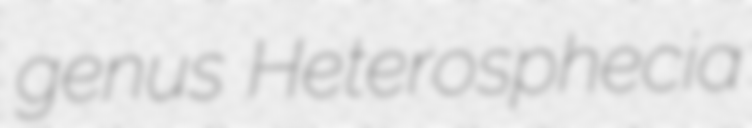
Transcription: genus Heterosphecia